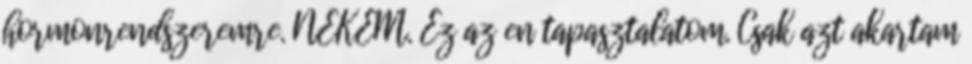
hormonrendszeremre. NEKEM. Ez az en tapasztalatom. Csak azt akartam